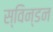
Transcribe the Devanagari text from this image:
स्विन्डन